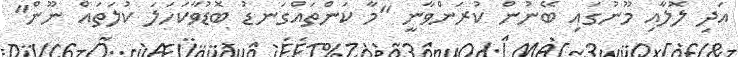
އަދި ލޮލާއި މޫނުގައި ބޭނުން ކުރަންވާނީ "މާ ކަންތައްގަނޑު ބޮޑުވާކަހަލަ ކުލަތައް ނޫން"